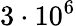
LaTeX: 3\cdot 10^{6}